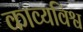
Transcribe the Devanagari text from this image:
काव्यविश्व